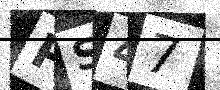
Text: PS47